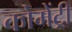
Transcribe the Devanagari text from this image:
कोमेंट्री